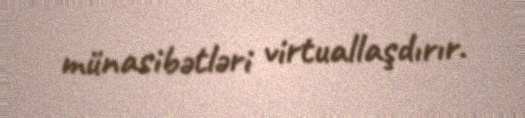
münasibətləri virtuallaşdırır.